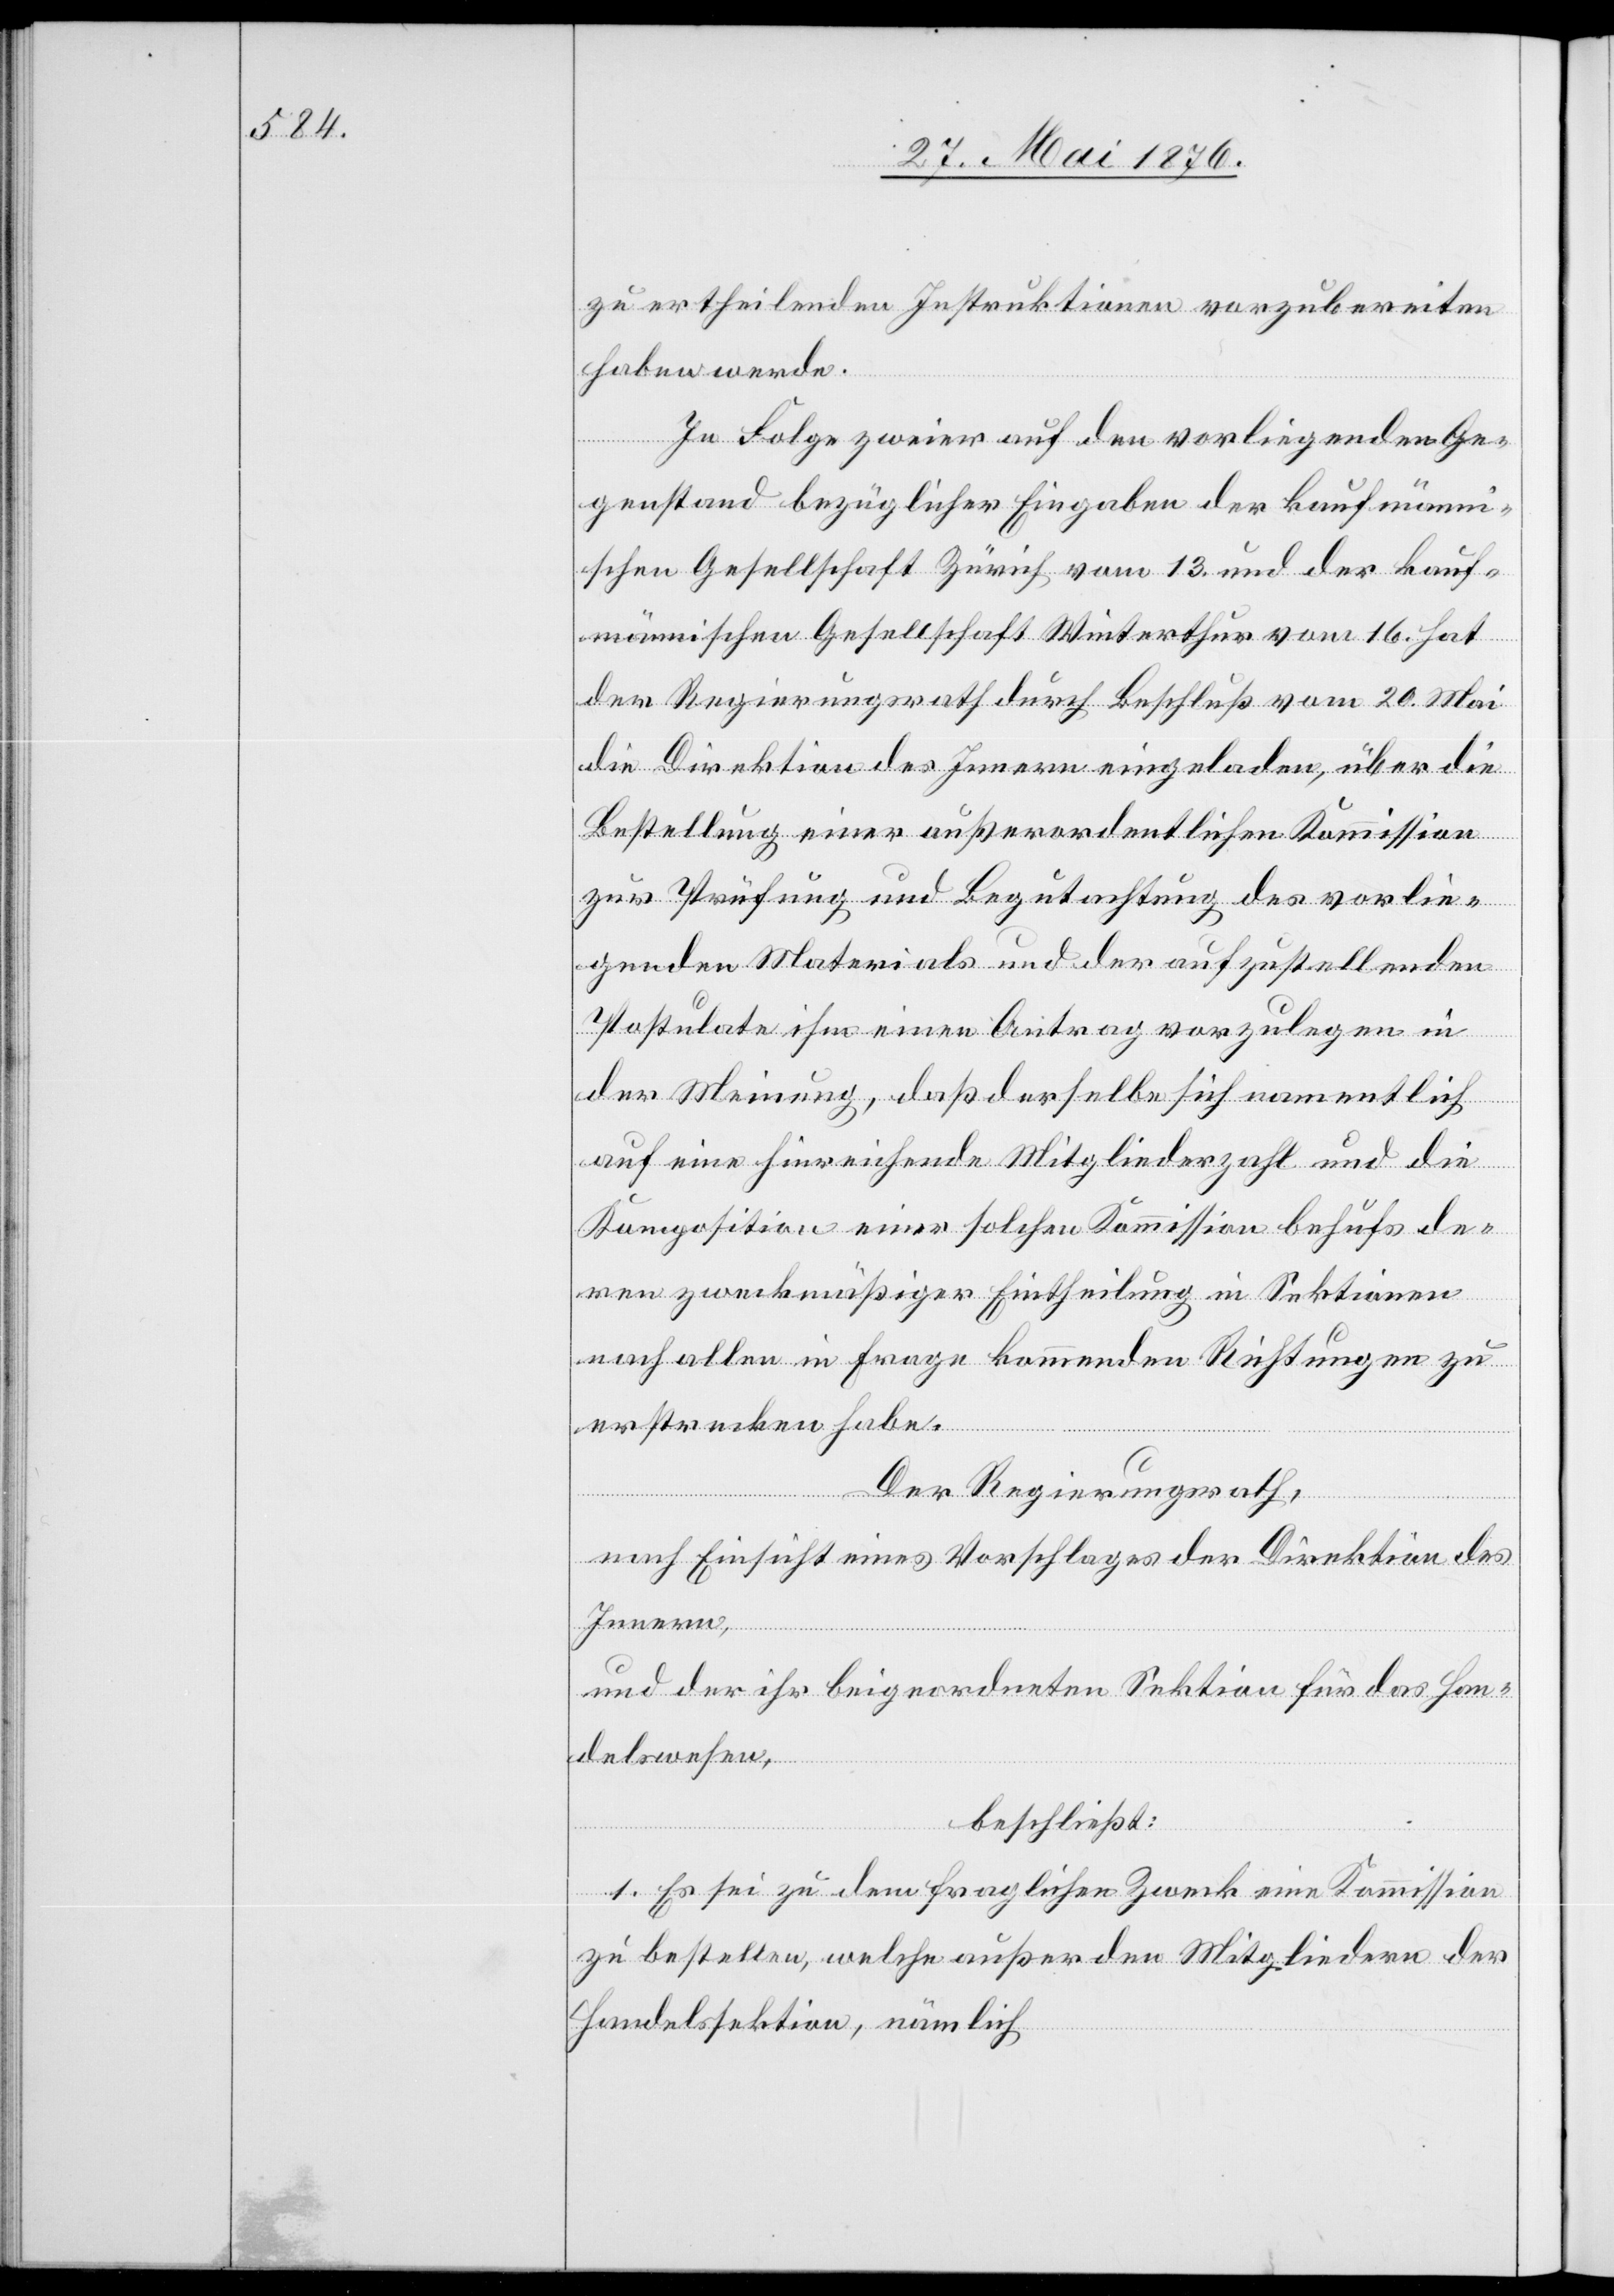
zu ertheilenden Instruktionen vorzubereiten
haben werde.
In Folge zweier auf den vorliegenden Ge¬
genstand bezüglicher Eingaben der kaufmänn¬
ischen Gesellschaft Zürich vom 13. und der kauf¬
männischen Gesellschaft Winterthur vom 16. hat
der Regierungsrath durch Beschluß vom 20. Mai
die Direktion des Innern eingeladen, über die
Bestellung einer außerordentlichen Kommission
zur Prüfung und Begutachtung des vorlie¬
genden Materials und der aufzustellenden
Postulate ihm einen Antrag vorzulegen in
der Meinung, daß derselbe sich namentlich
auf eine hinreichende Mitgliederzahl und die
Komposition einer solchen Kommission behufs de¬
ren zweckmäßiger Eintheilung in Sektionen
nach allen in Frage kommenden Richtungen zu
erstrecken habe.
Der Regierungsrath,
nach Einsicht eines Antrages der Direktion des
Innern,
und der ihr beigeordneten Sektion für das Han¬
delswesen,
beschließt:
1. Es sei zu dem fraglichen Zweck eine Kommission
zu bestellen, welche außer den Mitgliedern der
Handelsfunktion, nämlich